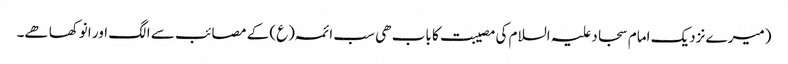
(میرے نزدیک امام سجاد علیہ السلام کی مصیبت کا باب ھی سب ائمہ (ع) کے مصائب سے الگ اور انوکھا ھے۔